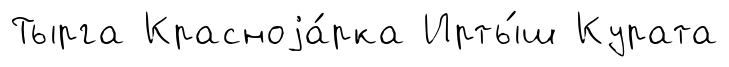
Тырга Красноjа́рка Ирты́ш Курата